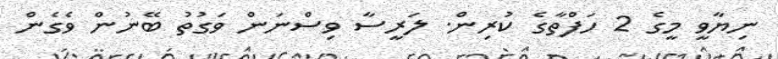
ނިޔާވީ މީގެ 2 ހަފްތާގެ ކުރިން. ލަރީސާ ވިސްނަން ވަގުތު ބޭނުން ވެގެން